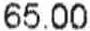
65.00